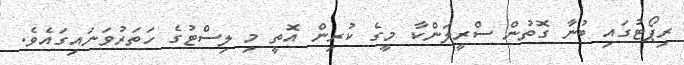
ރިޕޯޓުގައި ބުނާ ގޮތުން ސްރީލަންކާ މީގެ ކުރިން އޮތީ މި ލިސްޓުގެ ހަތަރުވަނައިގައެވެ.